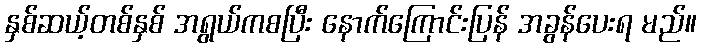
နှစ်ဆယ့်တစ်နှစ် အရွယ်ကစပြီး နောက်ကြောင်းပြန် အခွန်ပေးရ မည်။